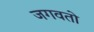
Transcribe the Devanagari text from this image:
जगवतो